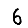
Digit: 6